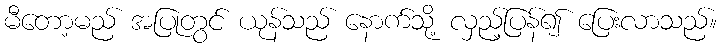
မီတော့မည် အပြုတွင် ယုန်သည် နောက်သို့ လှည့်ပြန်၍ ပြေးလာသည်။